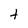
Character: t